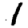
Digit: 1